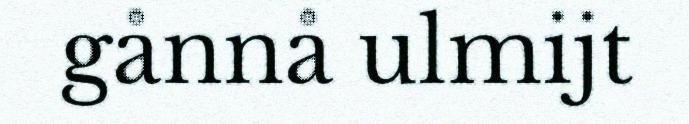
gånnå ulmijt